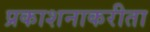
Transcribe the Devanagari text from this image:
प्रकाशनाकरीता